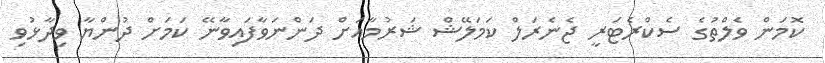
ކޮމަން ވެލްތުގެ ސެކްރެޓަރީ ޖެނެރަލް ކަމަލޭޝް ޝަރުމާއަށް ދަންނަވާފައިވާނޭ ކަމަށް ދުންޔާ ވިދާޅުވި